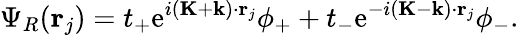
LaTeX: \Psi_{R}(\mathbf{r}_{j})=t_{+}\mathrm{e}^{i(\mathbf{K}+\mathbf{k})\cdot\mathbf{r}_{j}}\phi_{+}+t_{-}\mathrm{e}^{-i(\mathbf{K}-\mathbf{k})\cdot\mathbf{r}_{j}}\phi_{-}.